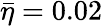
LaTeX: \bar{\eta}=0.02